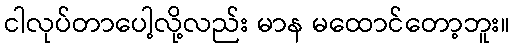
ငါလုပ်တာပေါ့လို့လည်း မာန မထောင်တော့ဘူး။